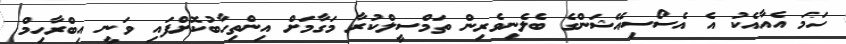
ހަމަ އެއާއެކު އެ އެސޯސިއޭޝަންގެ ބެލެނިވެރިން ތަމްސީލްކުރާ މަގާމަށް އިންތިހާބުކޮށްފައި ވަނީ އިބްރާހިމް